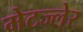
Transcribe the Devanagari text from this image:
मेटज्लेर